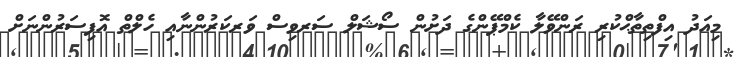
މިއަދު އިފްތިތާޙްކުރި ރަންވޭލާ ކެމްޕޭންގެ ދަށުން ސޯޝަލް ސަރވިސް ވަރކަރުންނާއި ހެލްތް އޮފިސަރުންނަށް